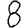
Digit: 8